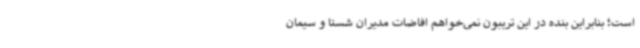
است؛ بنابراین بنده در این تریبون نمی‌خواهم افاضات مدیران شستا و سیمان